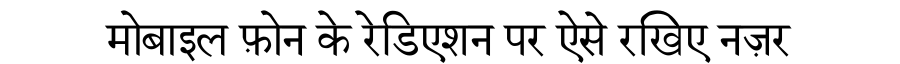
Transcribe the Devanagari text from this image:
मोबाइल फ़ोन के रेडिएशन पर ऐसे रखिए नज़र